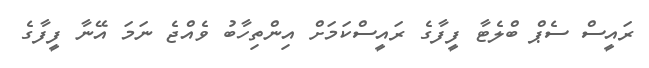
ރައީސް ސެޕް ބްލެޓާ ފީފާގެ ރައީސްކަމަށް އިންތިހާބު ވެއްޖެ ނަމަ އޭނާ ފީފާގެ